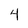
Character: 4